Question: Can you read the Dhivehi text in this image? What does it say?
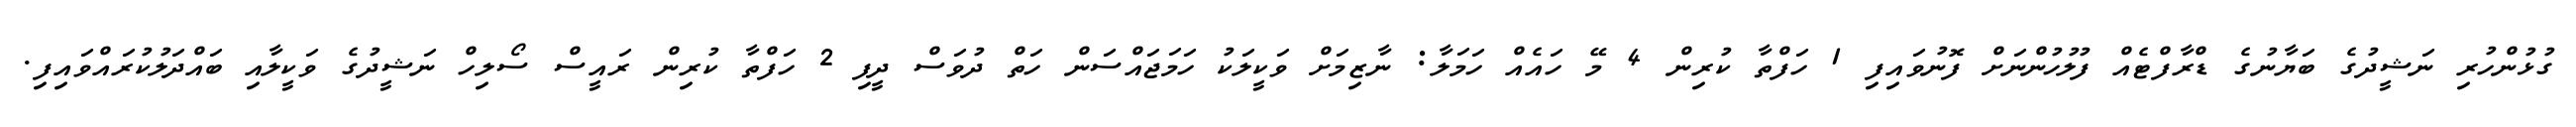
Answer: ގުޅުންހުރި ނަޝީދުގެ ބަޔާނުގެ ޑްރާފްޓެއް ފުލުހުންނަށް ފޮނުވައިފި 1 ހަފްތާ ކުރިން 4 މޭ ހައެއް ހަމަލާ: ނާޒިމަށް ވަކީލަކު ހަމަޖައްސަން ހަތް ދުވަސް ދީފި 2 ހަފްތާ ކުރިން ރައީސް ސޯލިހް ނަޝީދުގެ ވަކީލާއި ބައްދަލުކުރައްވައިފި.